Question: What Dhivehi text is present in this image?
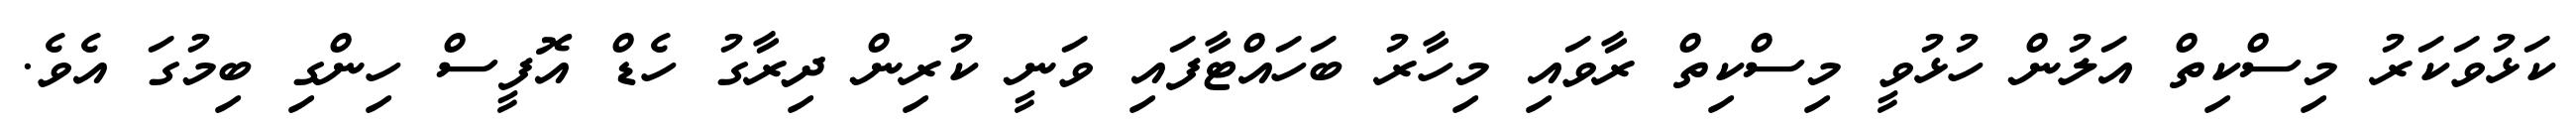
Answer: ކަޅުވަކަރު މިސްކިތް އަލުން ހުޅުވީ މިސްކިތް ރާވައި މިހާރު ބަހައްޓާފައި ވަނީ ކުރިން ދިރާގު ހެޑް އޮފީސް ހިންގި ބިމުގަ އެވެ.